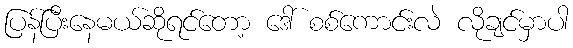
ပြန်ပြီးနေမယ်ဆိုရင်တော့ ဒေါ် စစ်ကောင်းလဲ လိုချင်မှာပါ